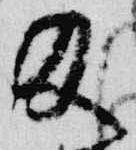
及